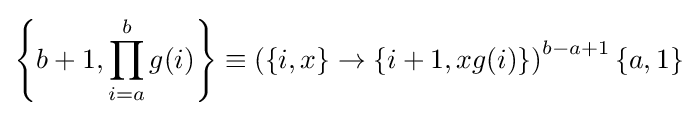
\left\{b+1,\prod _{i=a}^{b}g(i)\right\}\equiv \left(\{i,x\}\rightarrow \{i+1,xg(i)\}\right)^{b-a+1}\{a,1\}